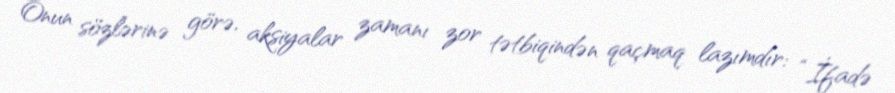
Onun sözlərinə görə, aksiyalar zamanı zor tətbiqindən qaçmaq lazımdır: “İfadə